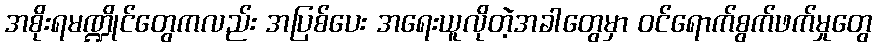
အစိုးရမဏ္ဍိုင်တွေကလည်း အပြစ်ပေး အရေးယူလိုတဲ့အခါတွေမှာ ဝင်ရောက်စွက်ဖက်မှုတွေ